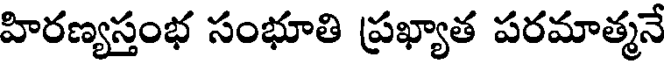
హిరణ్యస్తంభ సంభూతి ప్రఖ్యాత పరమాత్మనే